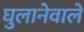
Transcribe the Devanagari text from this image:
घुलानेवाले